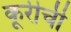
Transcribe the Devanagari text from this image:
कूरीची